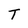
Character: T